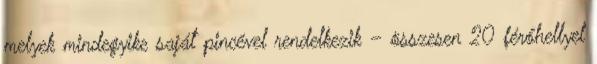
melyek mindegyike saját pincével rendelkezik – összesen 20 férőhellyel